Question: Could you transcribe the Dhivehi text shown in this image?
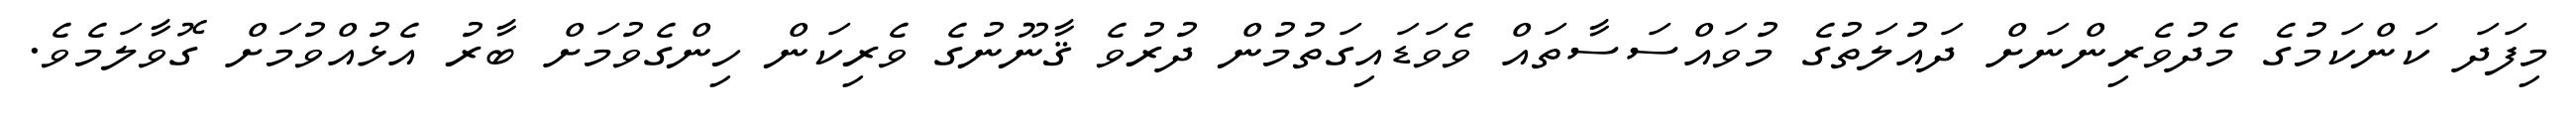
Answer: މިފަދަ ކަންކަމުގެ މެދުވެރިންނަށް ދައުލަތުގެ މުވައްސަސާތައް ވެވަޑައިގަތުމުން ދުރުވެ ޤާނޫނުގެ ވެރިކަން ހިންގެވުމަށް ބާރު އެޅުއްވުމަށް ގޮވާލަމެވެ.